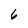
Character: 6